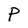
Character: P